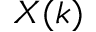
X ( k )